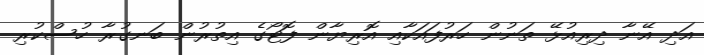
އަދި އޭނާ ދިރިއުޅޭ ތަނުން ހަރުފައަކާއި އޮރިޔާން ފޮޓޯގެ އިތުރުން ބަނގުރާ ހުސްކުރި